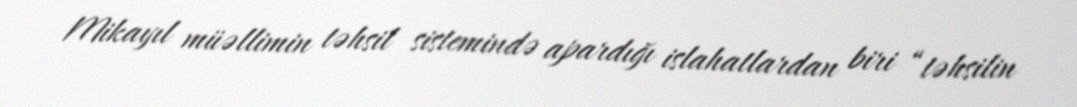
Mikayıl müəllimin təhsil sistemində apardığı islahatlardan biri “təhsilin